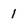
Character: 1